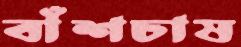
বাঁশচাষ